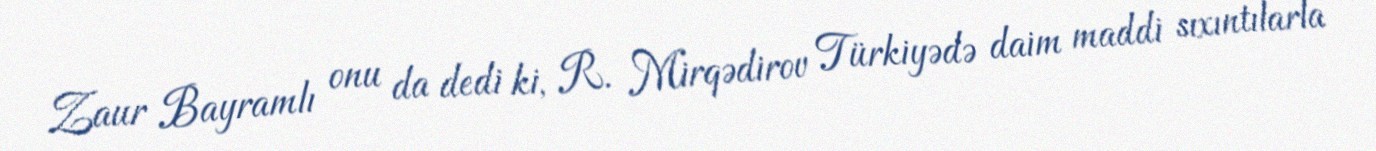
Zaur Bayramlı onu da dedi ki, R. Mirqədirov Türkiyədə daim maddi sıxıntılarla